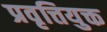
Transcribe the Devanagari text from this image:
प्रवृत्तियुक्त